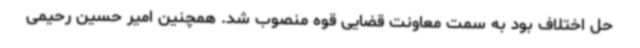
حل اختلاف بود به سمت معاونت قضایی قوه منصوب شد. همچنین امیر حسین رحیمی